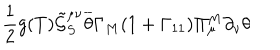
\frac { 1 } { 2 } g ( T ) \tilde { \mathcal { G } } _ { S } ^ { \mu \nu } \overline { { { \theta } } } \Gamma _ { M } ( 1 + \Gamma _ { 1 1 } ) \Pi _ { \mu } ^ { M } \partial _ { \nu } \theta